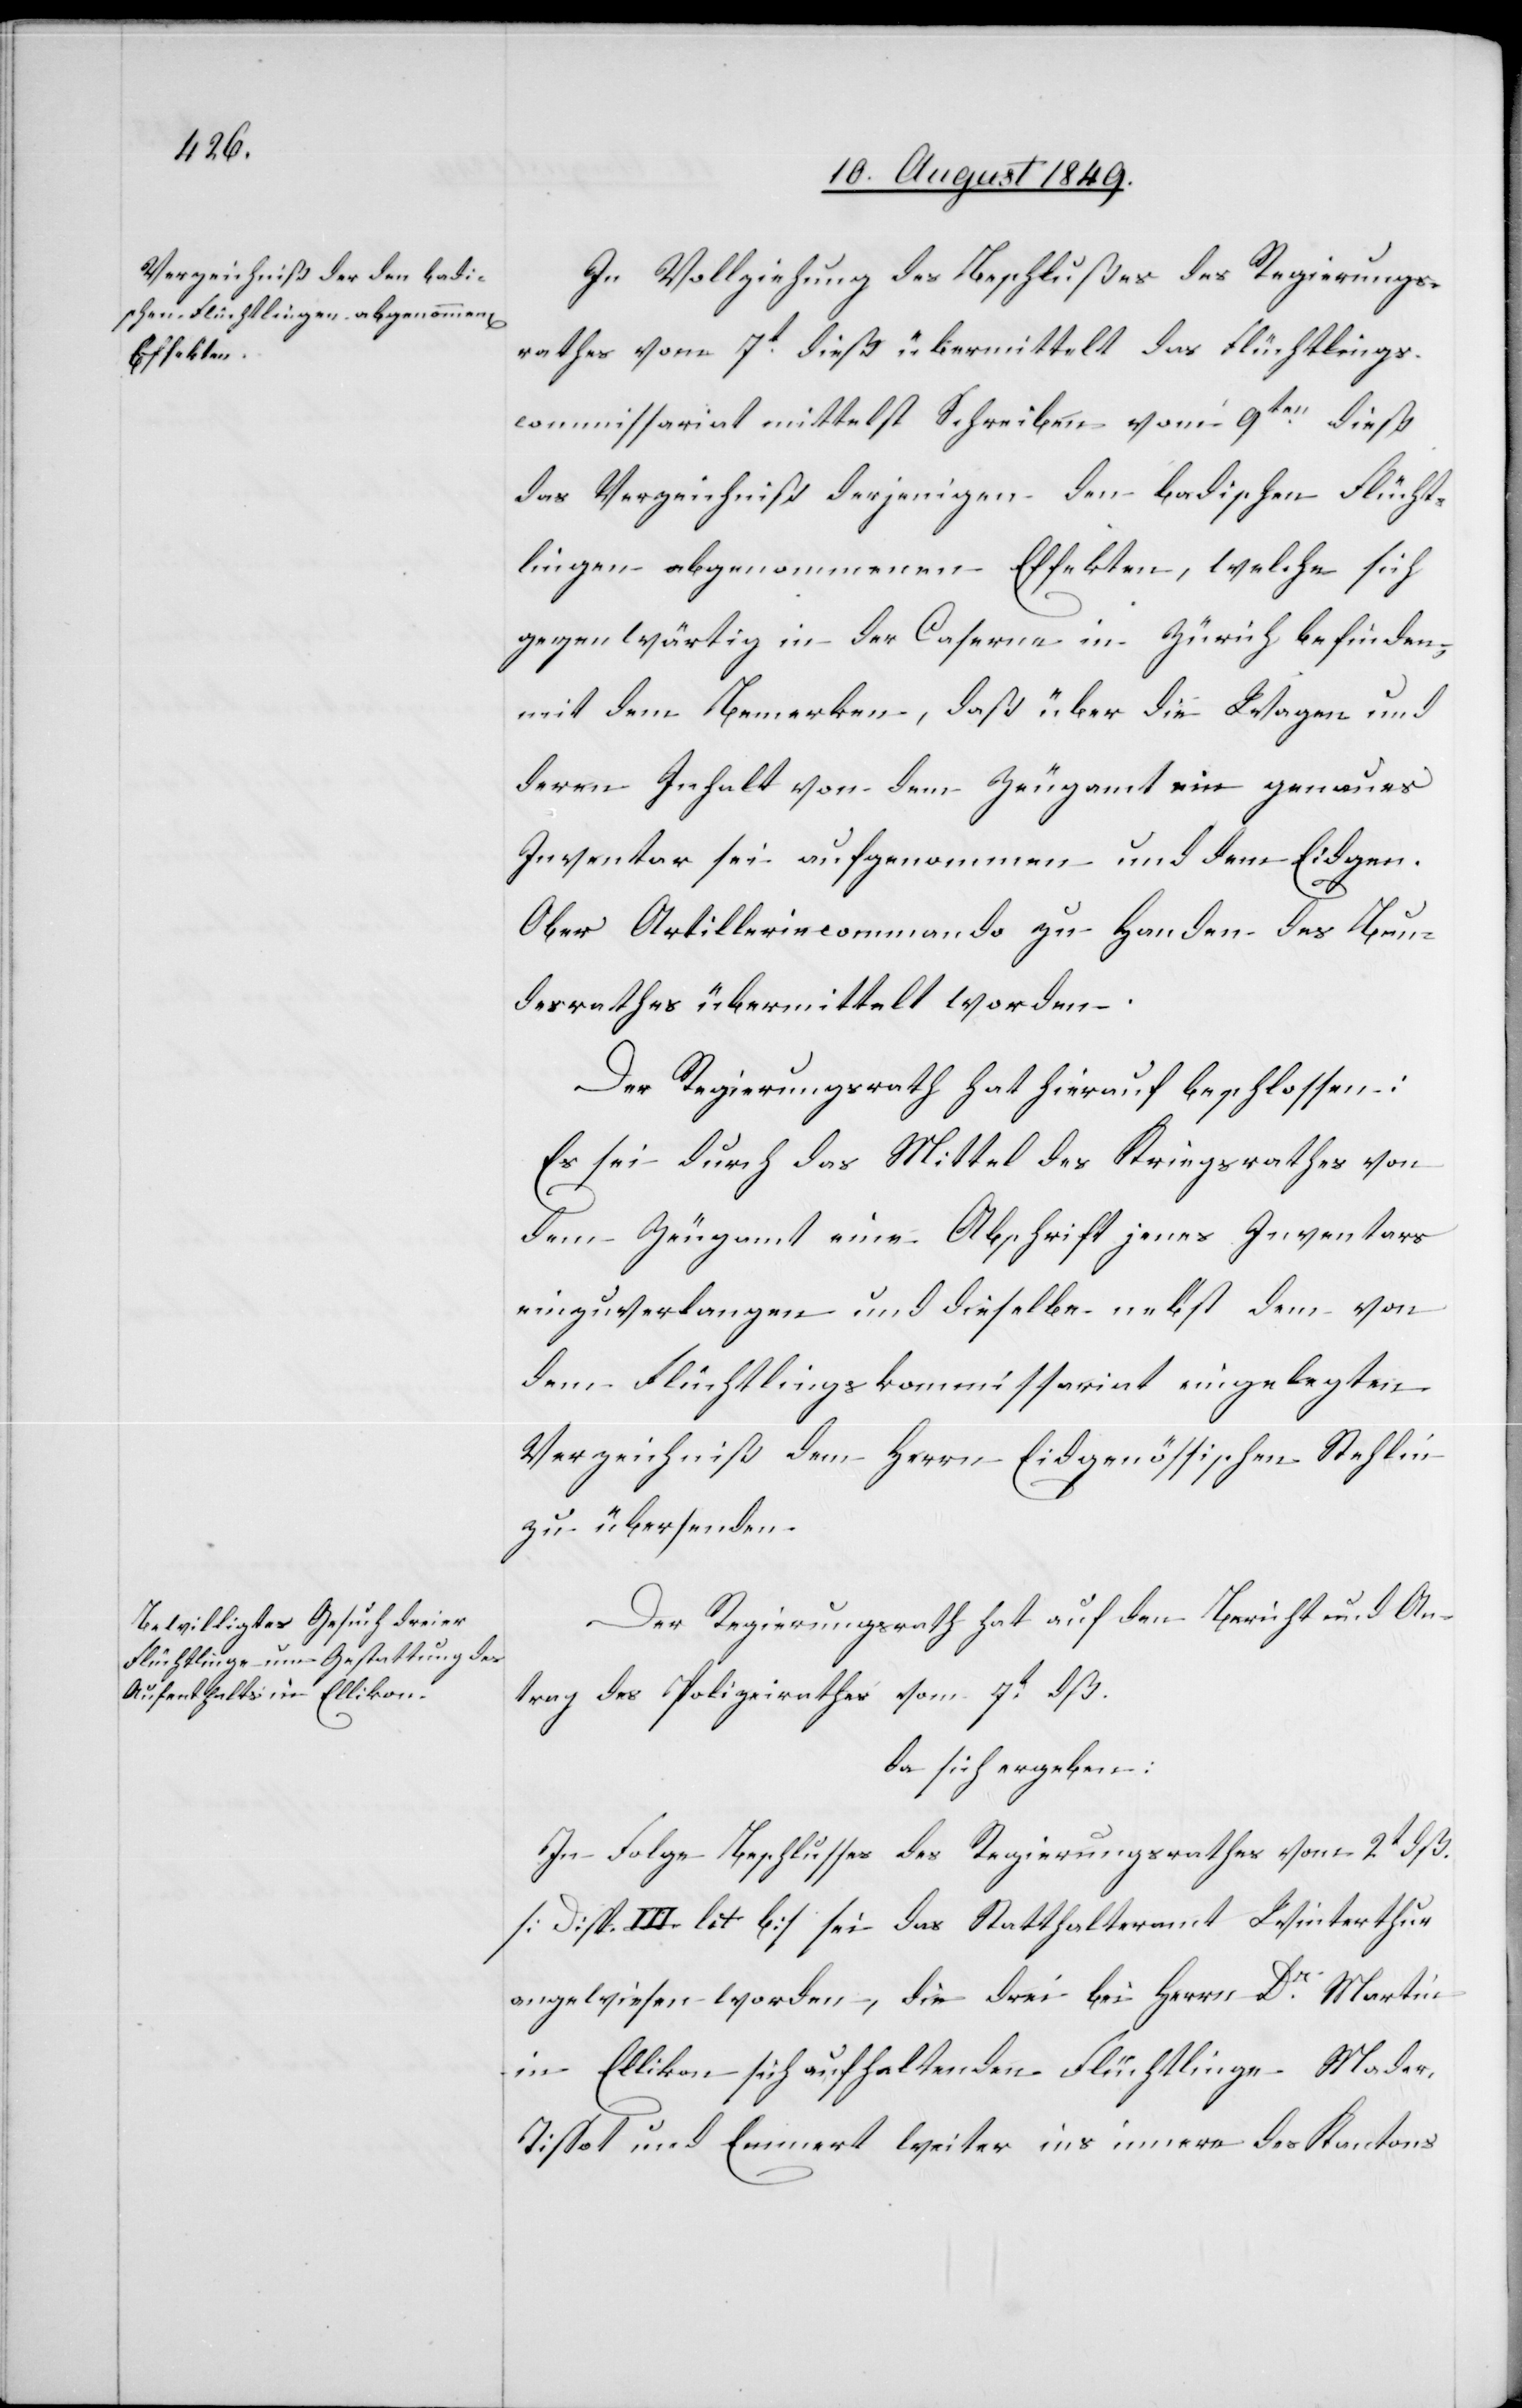
In Vollziehung des Beschlußes des Regierungs¬
rathes vom 7t dieß übermittelt das Flüchtlings¬
commissariat mittelst Schreiben vom 9ten dieß
das Verzeichniß derjenigen den badischen Flücht¬
lingen abgenommenen Effekten, welche sich
gegenwärtig in der Caserne in Zürich befinden,
mit dem Bemerken, daß über die Wagen und
deren Inhalt von dem Zeugamt ein genaues
Inventar sei aufgenommen und dem Eidgen.
Ober Artilleriecommando zu Handen des Bun¬
desrathes übermittelt worden.
Der Regierungsrath hat hierauf beschlossen:
Es sei durch das Mittel des Kriegsrathes von
dem Zeugamt eine Abschrift jenes Inventars
einzuverlangen und dieselbe nebst dem von
dem Flüchtlingskommissariat eingelegten
Verzeichniß dem Herrn Eidgenössischen Stehlin
zu übersenden.
Der Regierungsrath hat auf den Bericht und An¬
trag des Polizeirathes vom 7t dß.
da sich ergeben:
In Folge Beschlusses des Regierungsrathes vom 2t dß.
[Disp. III. lit. b] sei das Statthalteramt Winterthur
angewiesen worden, die drei bei Herrn Dr Martin
in Ellikon sich aufhaltenden Flüchtlinge Mader,
Tissot und Emmert weiter ins innere des Kantons